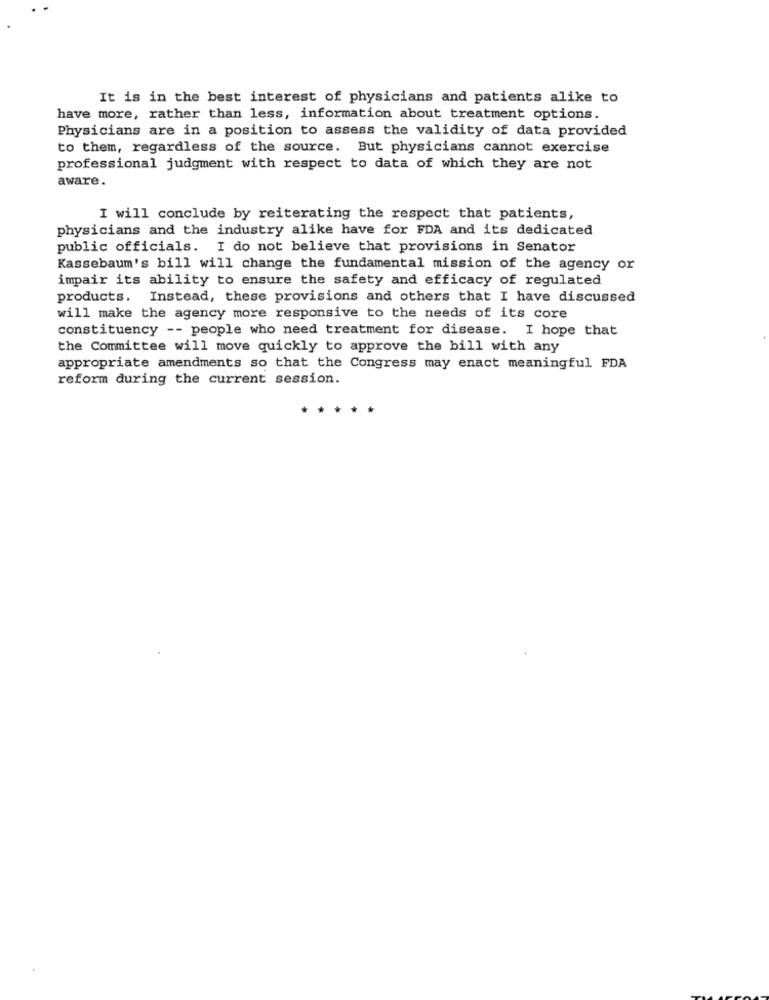
It is in the best interest of physicians and patients alike to
have more, rather than less, information about treatment options.
Physicians are in a position to assess the validity of data provided
to them, regardless of the source. But physicians cannot exercise
professional judgment with respect to data of which they are not
aware.
I will conclude by reiterating the respect that patients,
physicians and the industry alike have for FDA and its dedicated
public officials. I do not believe that provisions in Senator
Kassebaum's bill will change the fundamental mission of the agency or
impair its ability to ensure the safety and efficacy of regulated
products. Instead, these provisions and others that I have discussed
will make the agency more responsive to the needs of its core
constituency -- people who need treatment for disease. I hope that
the Committee will move quickly to approve the bill with any
appropriate amendments so that the Congress may enact meaningful FDA
reform during the current session.